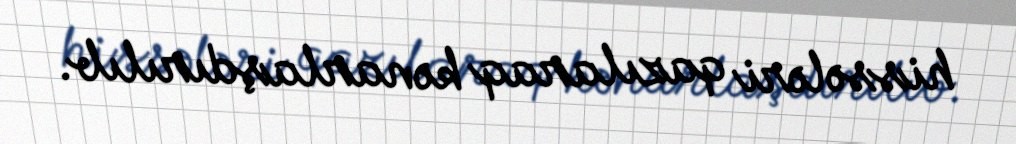
hissələri qazılaraq kənarlaşdırılıb.